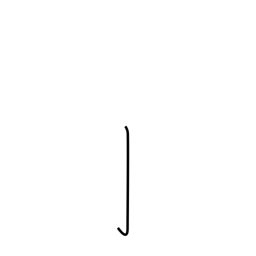
Meaning: barb radical (no. 6)